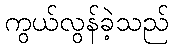
ကွယ်လွန်ခဲ့သည်